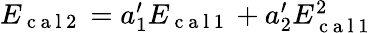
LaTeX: \begin{array}{r}{E_{\mathrm{~c~a~l~2~}}=a_{1}^{\prime}E_{\mathrm{~c~a~l~1~}}+a_{2}^{\prime}E_{\mathrm{~c~a~l~1~}}^{2}}\end{array}